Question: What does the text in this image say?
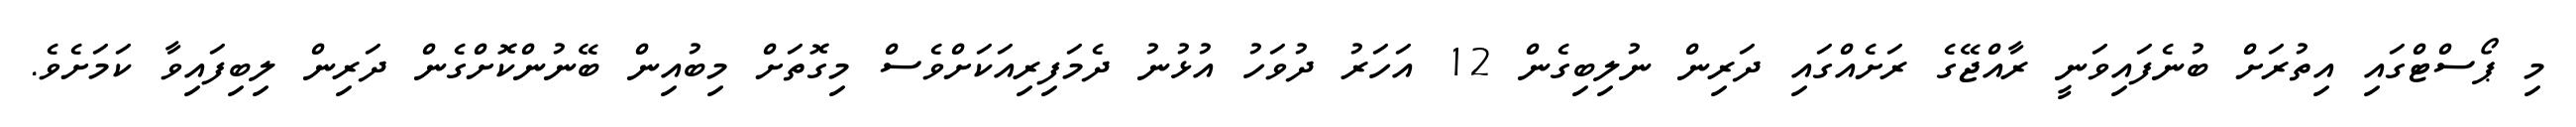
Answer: މި ޕޯސްޓްގައި އިތުރަށް ބުނެފައިވަނީ ރާއްޖޭގެ ރަށެއްގައި ދަރިން ނުލިބިގެން 12 އަހަރު ދުވަހު އުޅުނު ދެމަފިރިއަކަށްވެސް މިގޮތަށް މިބުއިން ބޭނުންކޮށްގެން ދަރިން ލިބިފައިވާ ކަމަށެވެ.